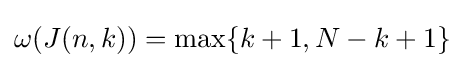
\omega (J(n,k))=\max\{k+1,N-k+1\}